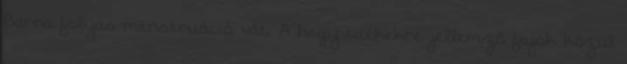
Barna folyás menstruáció vát. A hegyvidékekre jellemző fajok közül